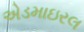
એડમાઇરલ